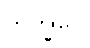
ဘိက္ခုပေ